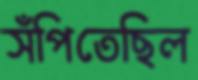
সঁপিতেছিল